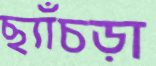
ছ্যাঁচড়া